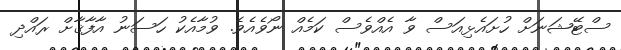
ސްޓޭޝަނަށް ހުށައެޅިއަސް ވާ އެއްވެސް ކަމެއް ނޯވެއެވެ. ވުމާއެކު ހަސަނު އާފާޤާށް ރައްދި